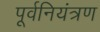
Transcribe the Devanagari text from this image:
पूर्वनियंत्रण